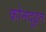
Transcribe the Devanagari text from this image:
कोनदुइत